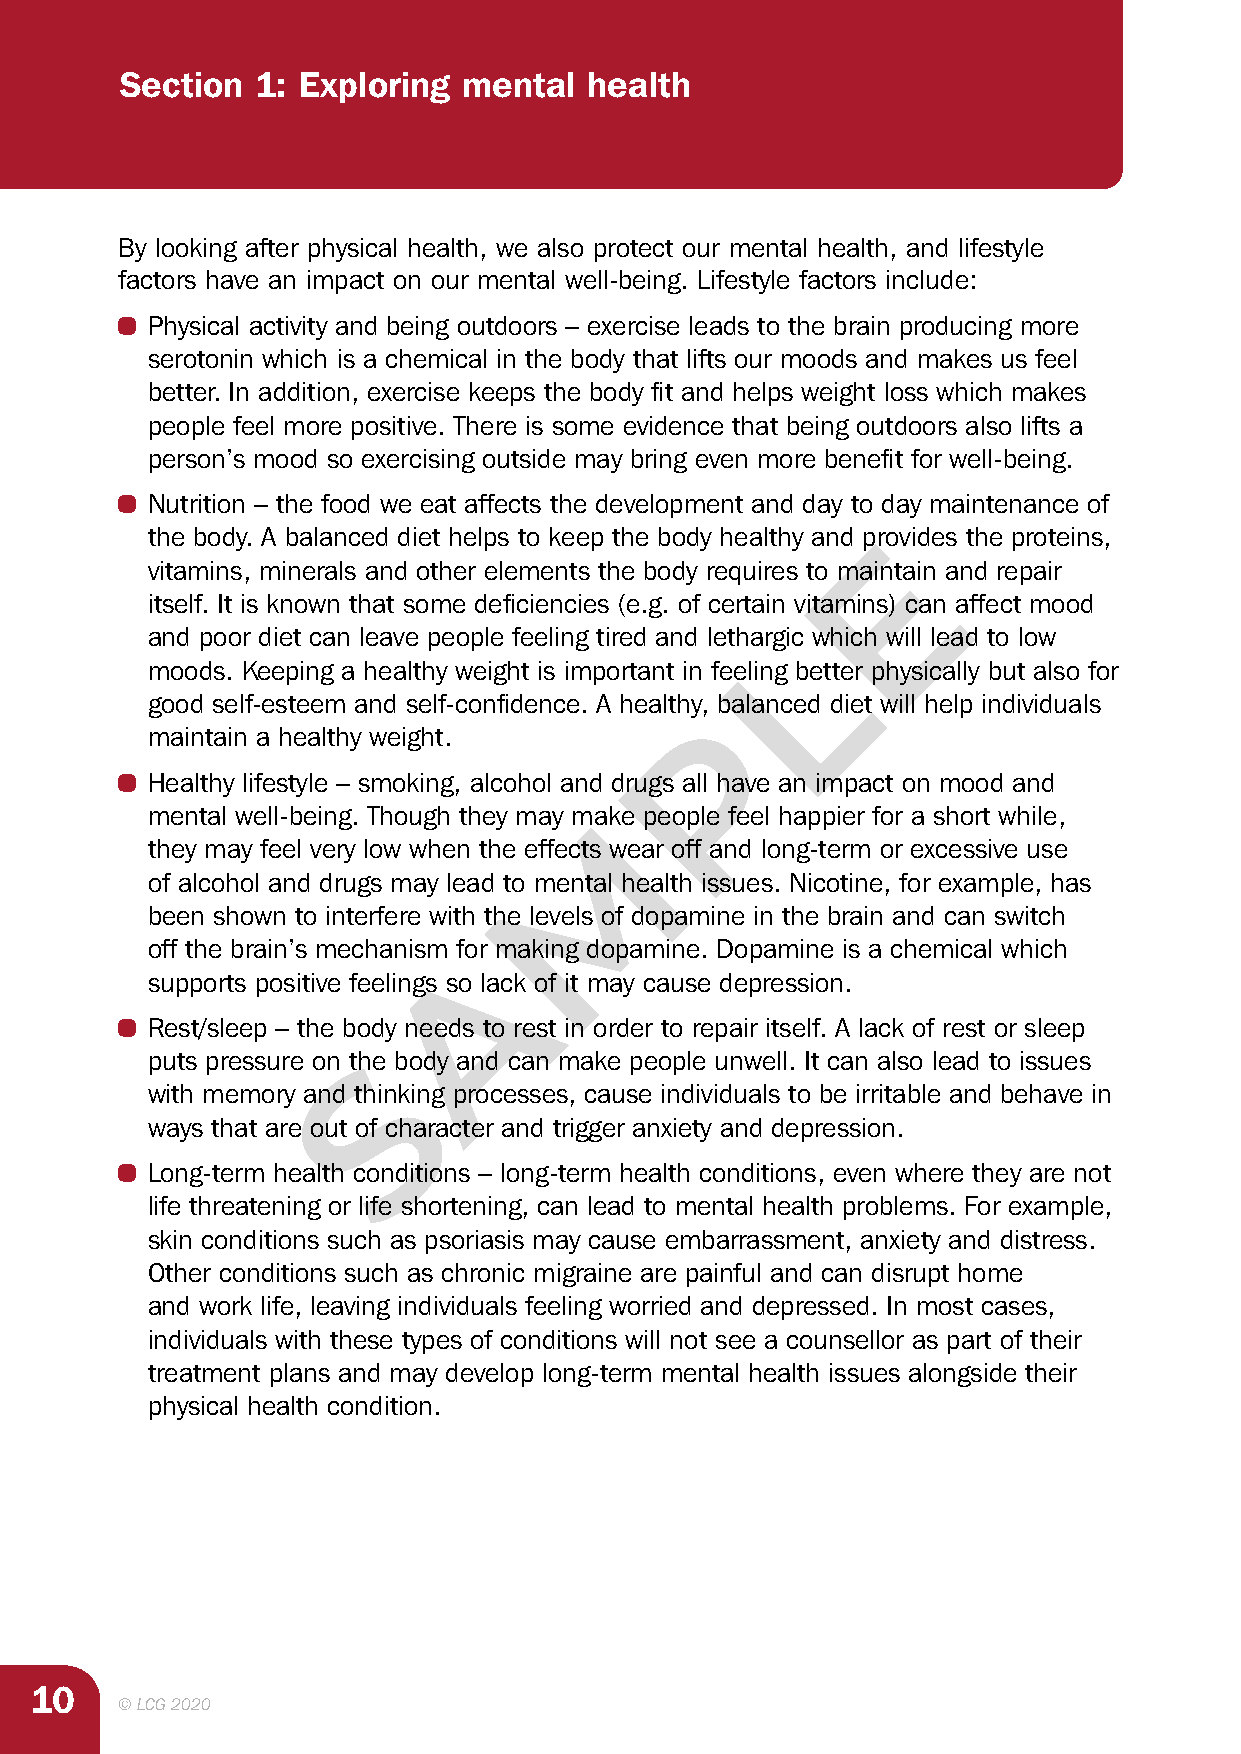
Section  1: Exploring  mental  health
 By looking after physical health, we also protect our mental health, and lifestyle
 factors have an impact on our mental well-being. Lifestyle factors include:
 • Physical activity and being outdoors – exercise leads to the brain producing more
 serotonin which is a chemical in the body that lifts our moods and makes us feel
 better. In addition, exercise keeps the body fit and helps weight loss which makes
 people feel more positive. There is some evidence that being outdoors also lifts a
 person’s mood so exercising outside may bring even more benefit for well-being.
 • Nutrition – the food we eat affects the development and day to day maintenance of
 the body. A balanced diet helps to keep the body healthy and prEovides the proteins,
 vitamins, minerals and other elements the body requires to maintain and repair
 itself. It is known that some deficiencies (e.g. of certain vitamins) can affect mood
 and poor diet can leave people feeling tired and lethargLic which will lead to low
 moods. Keeping a healthy weight is important in feeling better physically but also for
 good self-esteem and self-confidence. A healthy, balanced diet will help individuals
 P
 maintain a healthy weight.
 • Healthy lifestyle – smoking, alcohol and drugs all have an impact on mood and
 mental well-being. Though they may maMke people feel happier for a short while,
 they may feel very low when the effects wear off and long-term or excessive use
 of alcohol and drugs may lead to mental health issues. Nicotine, for example, has
 been shown to interfere with the levels of dopamine in the brain and can switch
 off the brain’s mechanism foAr making dopamine. Dopamine is a chemical which
 supports positive feelings so lack of it may cause depression.
 • Rest/sleep – the body needs to rest in order to repair itself. A lack of rest or sleep
 puts pressure on thSe body and can make people unwell. It can also lead to issues
 with memory and thinking processes, cause individuals to be irritable and behave in
 ways that are out of character and trigger anxiety and depression.
 • Long-term health conditions – long-term health conditions, even where they are not
 life threatening or life shortening, can lead to mental health problems. For example,
 skin conditions such as psoriasis may cause embarrassment, anxiety and distress.
 Other conditions such as chronic migraine are painful and can disrupt home
 and work life, leaving individuals feeling worried and depressed. In most cases,
 individuals with these types of conditions will not see a counsellor as part of their
 treatment plans and may develop long-term mental health issues alongside their
 physical health condition.
 10
 © LCG 2020